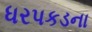
ધરપકડના